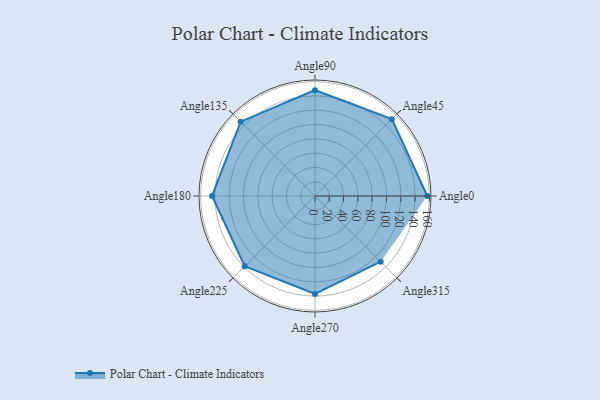
{"axis": {"x": "Angle", "y": "Radius"}, "legend": [""], "data": [{"x": "Angle0", "y": 157.0, "type": ""}, {"x": "Angle45", "y": 152.0, "type": ""}, {"x": "Angle90", "y": 148.0, "type": ""}, {"x": "Angle135", "y": 147.0, "type": ""}, {"x": "Angle180", "y": 144.0, "type": ""}, {"x": "Angle225", "y": 139.0, "type": ""}, {"x": "Angle270", "y": 137.0, "type": ""}, {"x": "Angle315", "y": 130.0, "type": ""}]}